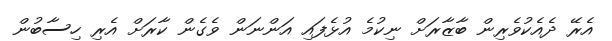
އެރޭ ދެއެކުވެރިން ބާޒާރަށް ނިކުމެ އުޅެފައި އަންނަން ވެގެން ކާރަށް އެރި ހިސާބުން